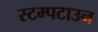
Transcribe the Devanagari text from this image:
स्टम्पटाउन